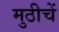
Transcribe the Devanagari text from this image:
मुठीचें